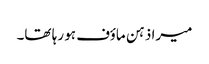
میرا ذہن ماؤف ہو رہا تھا۔